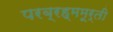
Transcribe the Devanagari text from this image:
परब्रह्ममूर्ती